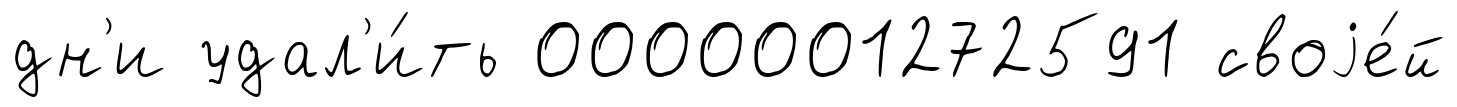
дн'и удал'и́ть 0000001272591 своjе́й